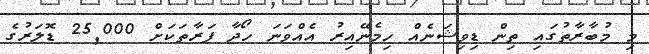
މި މުބާރާތުގައި ތިން ޑިވިޝަނެއް ހިމެނޭއިރު އެއްވަނަ ހޯދާ ފަރާތަކަށް 25